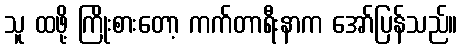
သူ ထဖို့ ကြိုးစားတော့ ကက်တာရီးနာက အော်ပြန်သည်။